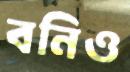
বনিও